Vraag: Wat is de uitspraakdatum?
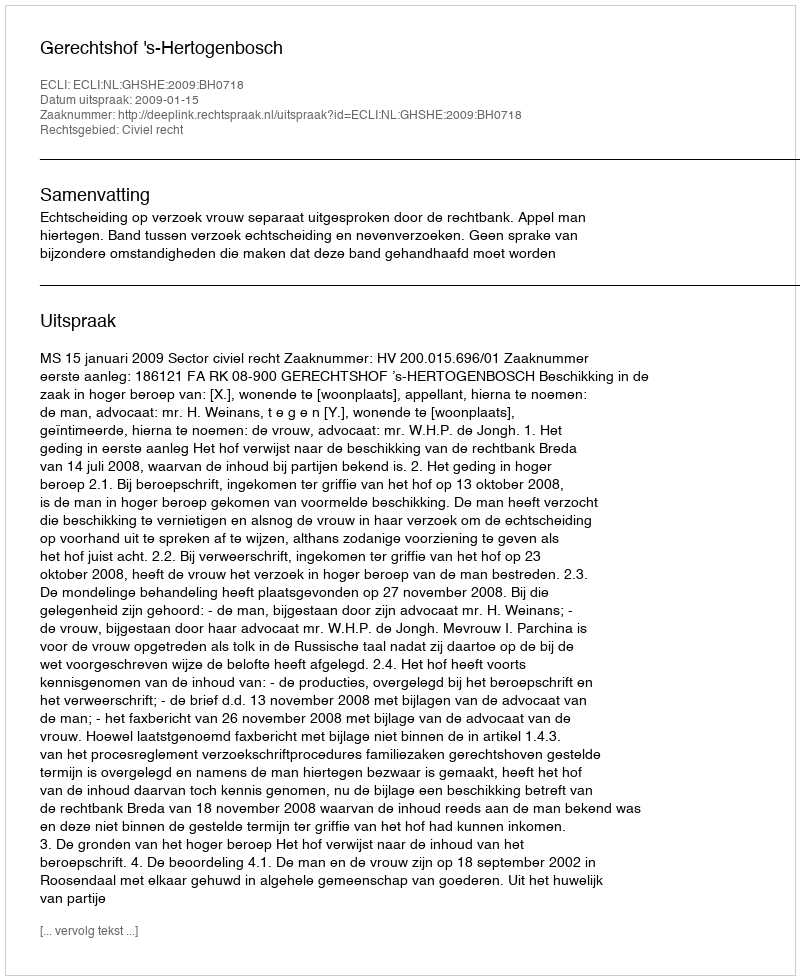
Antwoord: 2009-01-15